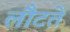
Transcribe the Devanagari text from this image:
लौटतें